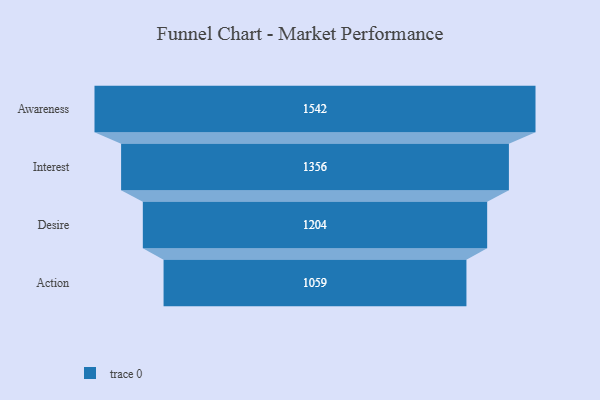
{"axis": {"x": "Stage", "y": "Value"}, "legend": [""], "data": [{"x": "Awareness", "y": 1542.0, "type": ""}, {"x": "Interest", "y": 1356.0, "type": ""}, {"x": "Desire", "y": 1204.0, "type": ""}, {"x": "Action", "y": 1059.0, "type": ""}]}